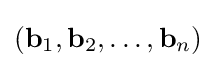
(\mathbf {b} _{1},\mathbf {b} _{2},\ldots ,\mathbf {b} _{n})